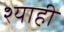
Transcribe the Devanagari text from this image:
श्याही